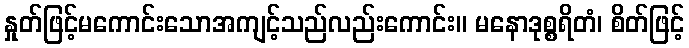
နှုတ်ဖြင့်မကောင်းသောအကျင့်သည်လည်းကောင်း။ မနောဒုစ္စရိတံ၊ စိတ်ဖြင့်